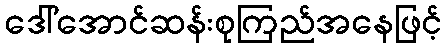
ဒေါ်အောင်ဆန်းစုကြည်အနေဖြင့်